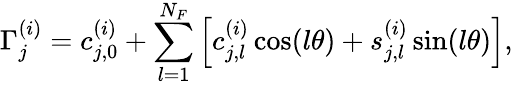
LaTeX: \Gamma_{j}^{(i)}=c_{j,0}^{(i)}+\sum_{l=1}^{N_{F}}\left[c_{j,l}^{(i)}\cos(l\theta)+s_{j,l}^{(i)}\sin(l\theta)\right],